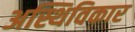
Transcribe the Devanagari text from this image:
अस्थिविकार